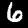
Label: 6